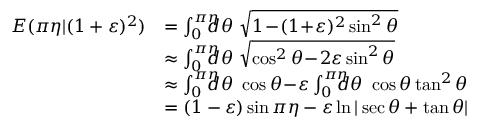
\begin{array} { r l } { E ( \pi \eta | ( 1 + \varepsilon ) ^ { 2 } ) } & { = \int _ { 0 } ^ { \pi \eta } \! \! \! \! \! d \theta \ \sqrt { 1 \! - \! ( 1 \! + \! \varepsilon ) ^ { 2 } \sin ^ { 2 } \theta } } \\ & { \approx \int _ { 0 } ^ { \pi \eta } \! \! \! \! \! d \theta \ \sqrt { \cos ^ { 2 } \theta \! - \! 2 \varepsilon \sin ^ { 2 } \theta } } \\ & { \approx \int _ { 0 } ^ { \pi \eta } \! \! \! \! \! d \theta \ \cos \theta \! - \! \varepsilon \int _ { 0 } ^ { \pi \eta } \! \! \! \! \! d \theta \ \cos \theta \tan ^ { 2 } \theta } \\ & { = ( 1 - \varepsilon ) \sin \pi \eta - \varepsilon \ln | \sec \theta + \tan \theta | } \end{array}